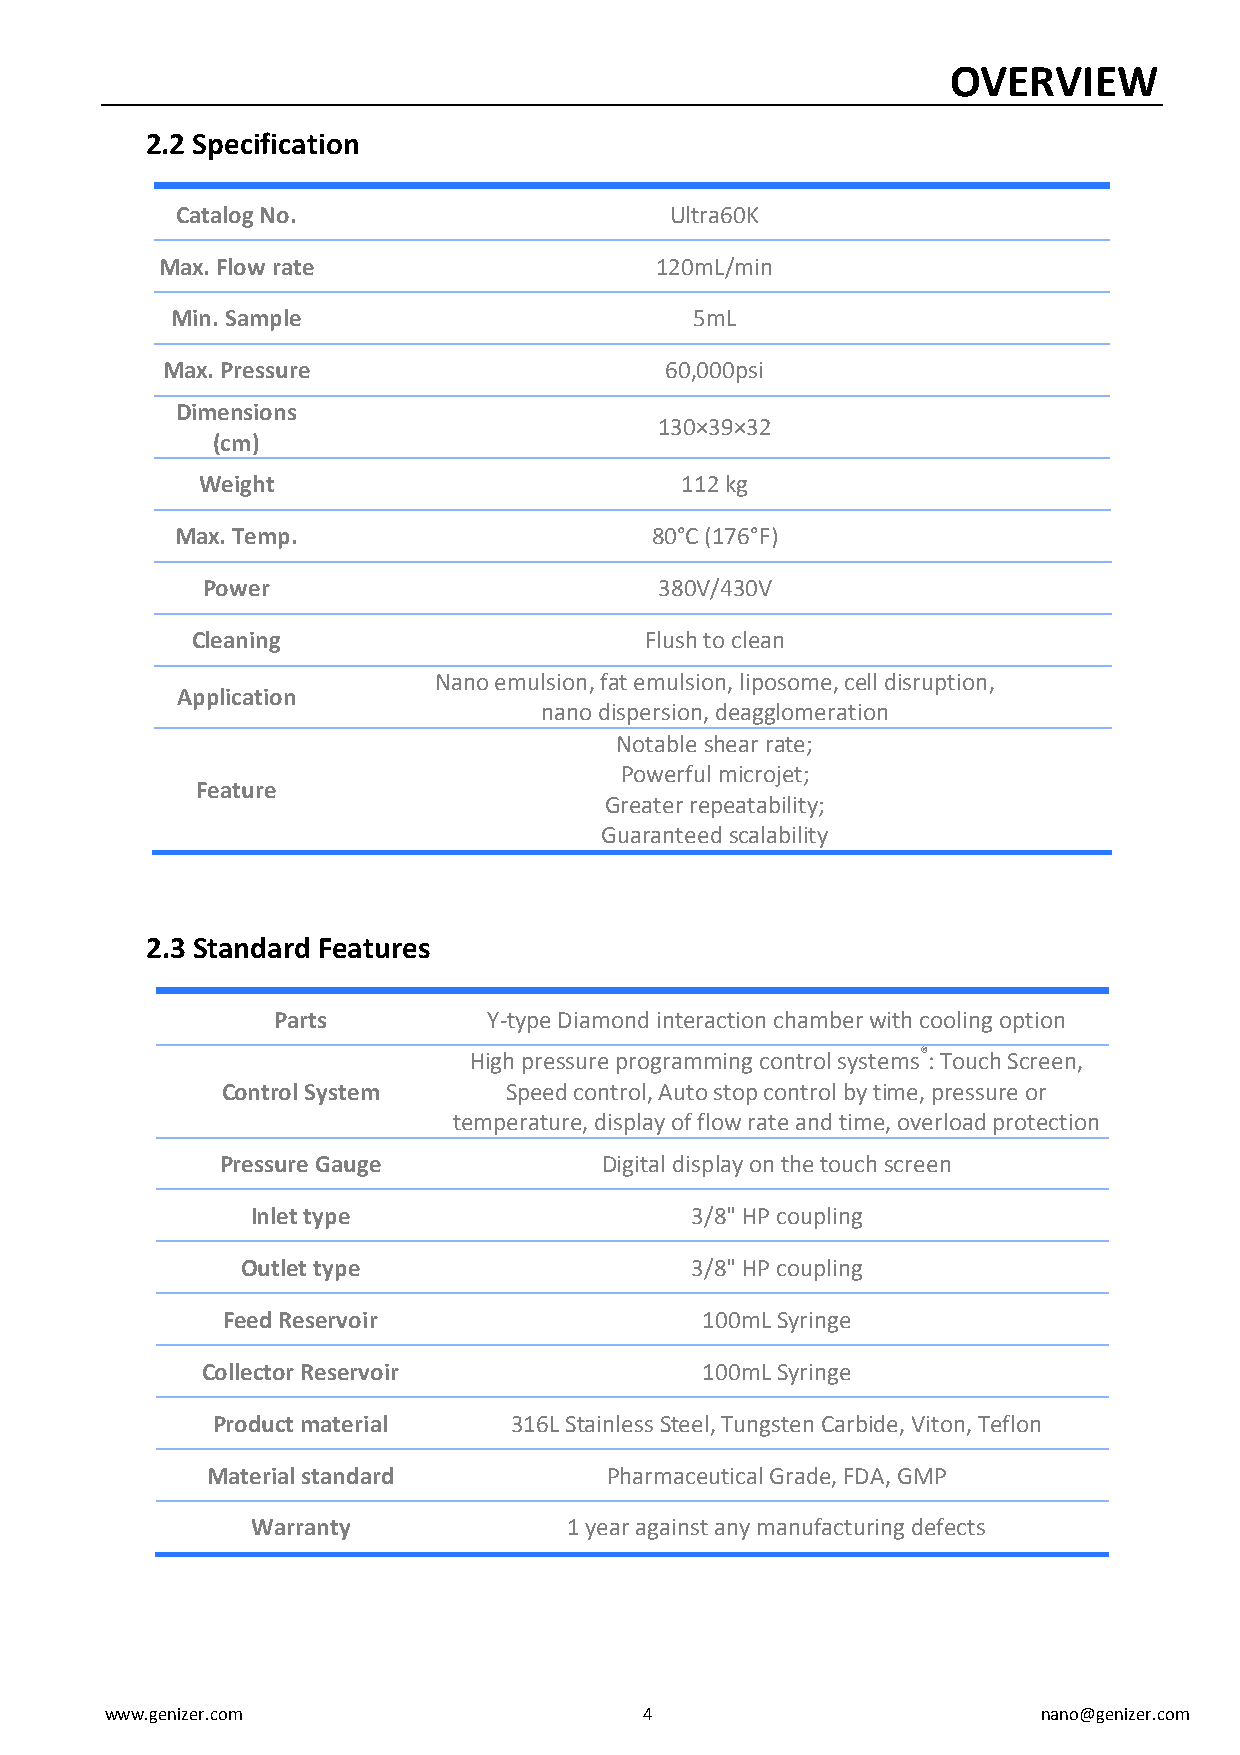
OVERVIEW
 2.2 Specification
 Catalog No.                     Ultra60K
 Max. Flow rate                   120mL/min
 Min. Sample                        5mL
 Max. Pressure                    60,000psi
 Dimensions
 130×39×32
 (cm)
 Weight                          112 kg
 Max. Temp.                     80°C (176°F)
 Power                          380V/430V
 Cleaning                      Flush to clean
 Nano emulsion, fat emulsion, liposome, cell disruption,
 Application
 nano dispersion, deagglomeration
 Notable shear rate;
 Powerful microjet;
 Feature
 Greater repeatability;
 Guaranteed scalability
 2.3 Standard Features
 Parts         Y-type Diamond interaction chamber with cooling option
 High pressure programming control systems®: Touch Screen,
 Control System    Speed control, Auto stop control by time, pressure or
 temperature, display of flow rate and time, overload protection
 Pressure Gauge           Digital display on the touch screen
 Inlet type                   3/8" HP coupling
 Outlet type                   3/8" HP coupling
 Feed Reservoir                 100mL Syringe
 Collector Reservoir              100mL Syringe
 Product material    316L Stainless Steel, Tungsten Carbide, Viton, Teflon
 Material standard         Pharmaceutical Grade, FDA, GMP
 Warranty             1 year against any manufacturing defects
 www.genizer.com                     4                         nano@genizer.com